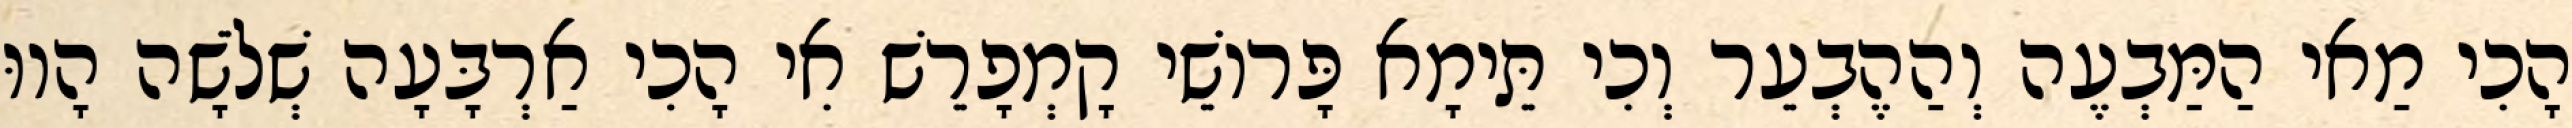
הָכִי מַאי הַמַּבְעֶה וְהַהֶבְעֵר וְכִי תֵּימָא פָּרוֹשֵׁי קָמְפָרֵשׁ אִי הָכִי אַרְבָּעָה שְׁלֹשָׁה הָווּ